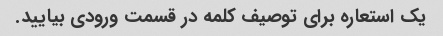
یک استعاره برای توصیف کلمه در قسمت ورودی بیایید.